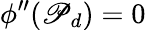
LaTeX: \phi^{\prime\prime}(\mathscr{P}_{d})=0